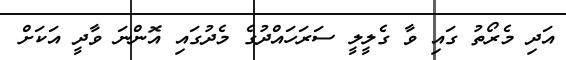
އަދި މެރޯތު ގައި ވާ ގެލީލީ ސަރަހައްދުގެ މެދުގައި އޮންނަ ވާދީ އަކަށް